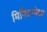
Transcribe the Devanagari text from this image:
मिनिटापेक्षा